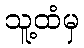
သူ့ထံမှ